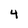
Character: 4